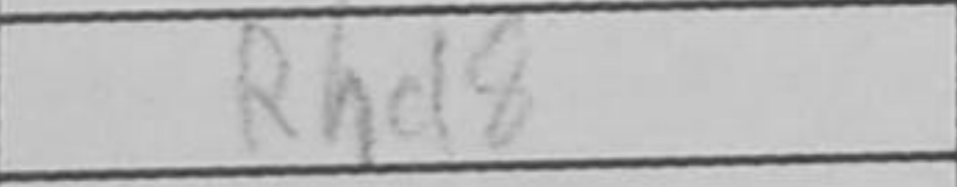
Transcription: Rhe8